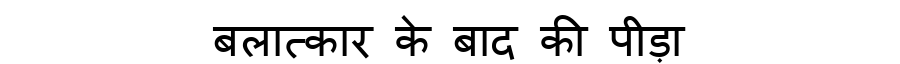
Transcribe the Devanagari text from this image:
बलात्कार के बाद की पीड़ा